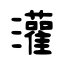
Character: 灌